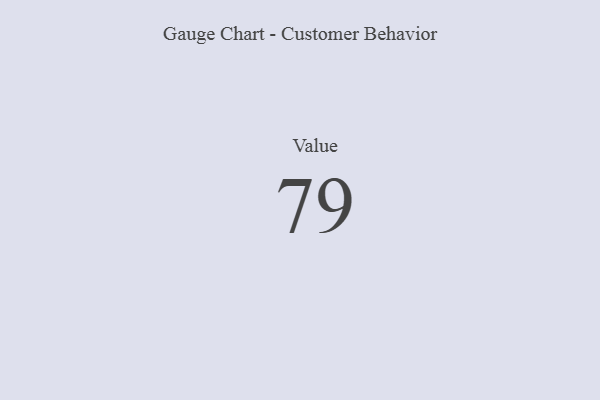
{"axis": {"x": "Metric", "y": "Value"}, "legend": [""], "data": [{"x": "Value", "y": 79, "type": ""}]}